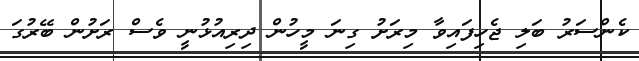
ކެންސަރު ބަލި ޖެހިފައިވާ މިރަށު ގިނަ މީހުން ދިރިއުޅުނީ ވެސް ރަށުން ބޭރުގަ